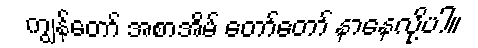
ကျွန်တော် အစာအိမ် တော်တော် နာနေလို့ပါ။